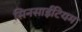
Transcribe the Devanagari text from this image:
सिनसाईटियम